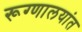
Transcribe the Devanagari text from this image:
रूग्णालयांत